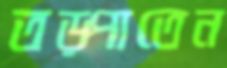
তড়্‌পাতেন